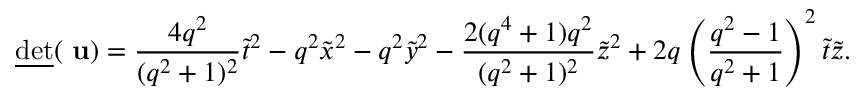
\underline { { { \mathrm { d e t } } } } ( \mathrm { \bf ~ u } ) = \frac { 4 q ^ { 2 } } { ( q ^ { 2 } + 1 ) ^ { 2 } } \tilde { t } ^ { 2 } - q ^ { 2 } \tilde { x } ^ { 2 } - q ^ { 2 } \tilde { y } ^ { 2 } - \frac { 2 ( q ^ { 4 } + 1 ) q ^ { 2 } } { ( q ^ { 2 } + 1 ) ^ { 2 } } \tilde { z } ^ { 2 } + 2 q \left( \frac { q ^ { 2 } - 1 } { q ^ { 2 } + 1 } \right) ^ { 2 } \tilde { t } \tilde { z } .